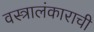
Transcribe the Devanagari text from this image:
वस्त्रालंकाराची